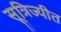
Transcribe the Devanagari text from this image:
सूत्रिज्यीत